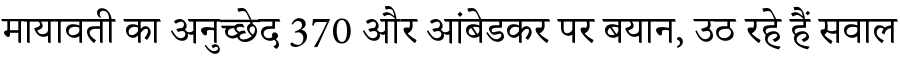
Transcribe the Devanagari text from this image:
मायावती का अनुच्छेद 370 और आंबेडकर पर बयान, उठ रहे हैं सवाल